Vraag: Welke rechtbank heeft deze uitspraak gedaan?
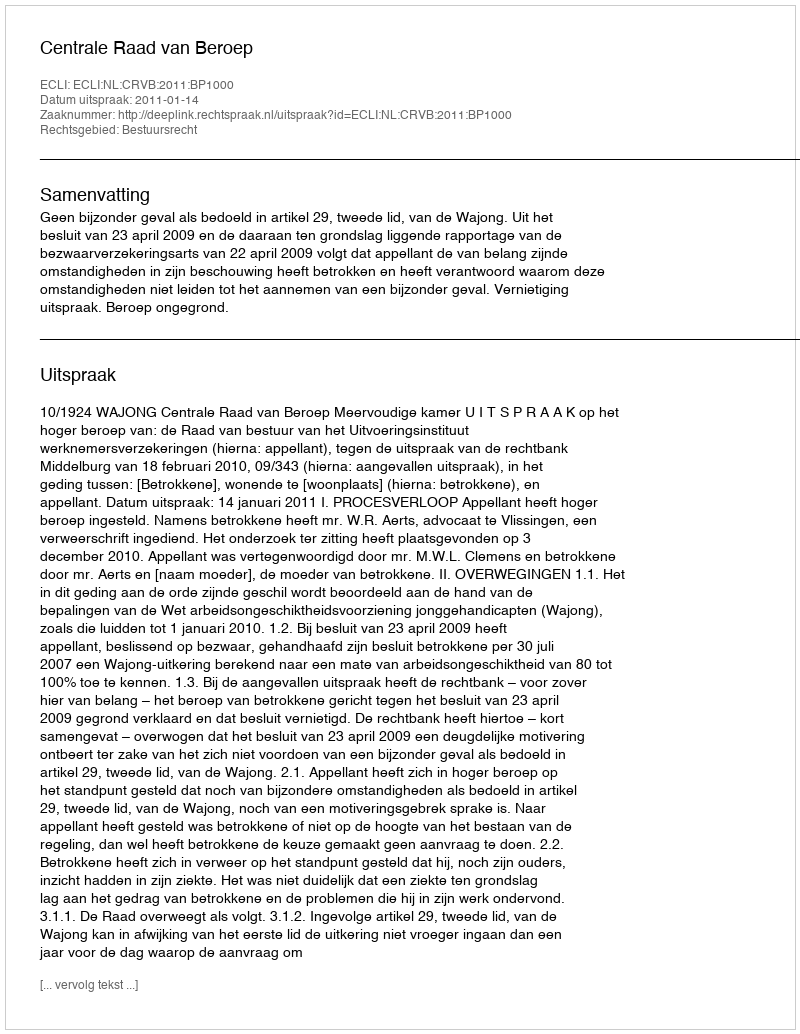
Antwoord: Centrale Raad van Beroep